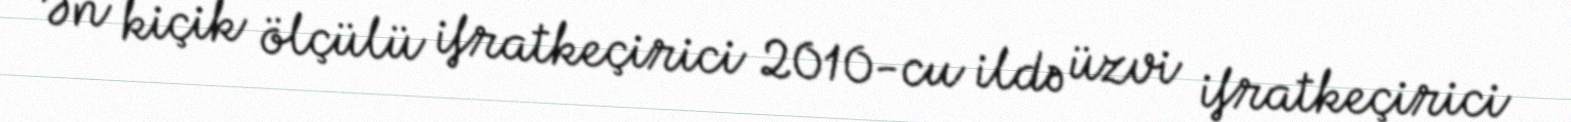
Ən kiçik ölçülü ifratkeçirici 2010-cu ildə üzvi ifratkeçirici